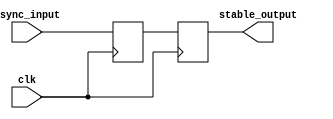
module metastability_filter (
    input wire clk,               // Clock signal
    input wire async_input,       // Asynchronous input signal
    output reg stable_output       // Stable output signal
);

    // Internal signals for the flip-flops
    reg ff1_out;                  // Output of the first flip-flop

    // First flip-flop: samples the asynchronous input
    always @(posedge clk) begin
        ff1_out <= async_input;   // Sample the asynchronous input
    end

    // Second flip-flop: samples the output of the first flip-flop
    always @(posedge clk) begin
        stable_output <= ff1_out;  // Sample the output of the first flip-flop
    end

endmodule